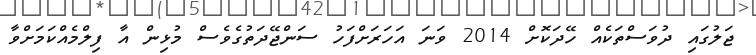
ޖަލުގައި ދުވަސްތަކެއް ހޭދަކޮށް 2014 ވަނަ އަހަރަށްފަހު ސަންޖޭދަތުގެވެސް މުޅިން އާ ފިލްމެއްކަމަށްވާ